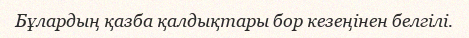
Бұлардың қазба қалдықтары бор кезеңінен белгілі.